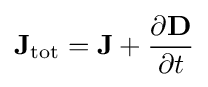
\mathbf {J} _{\mathrm {tot} }=\mathbf {J} +{\frac {\partial \mathbf {D} }{\partial t}}